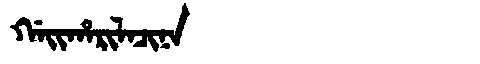
Manchu: ᡤᠠᡳᡥᠠᡵᡳᠯᠠᠴᡳᠨᠠ
Romanization: GAIHARILACINA